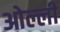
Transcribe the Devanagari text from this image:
ओल्ली